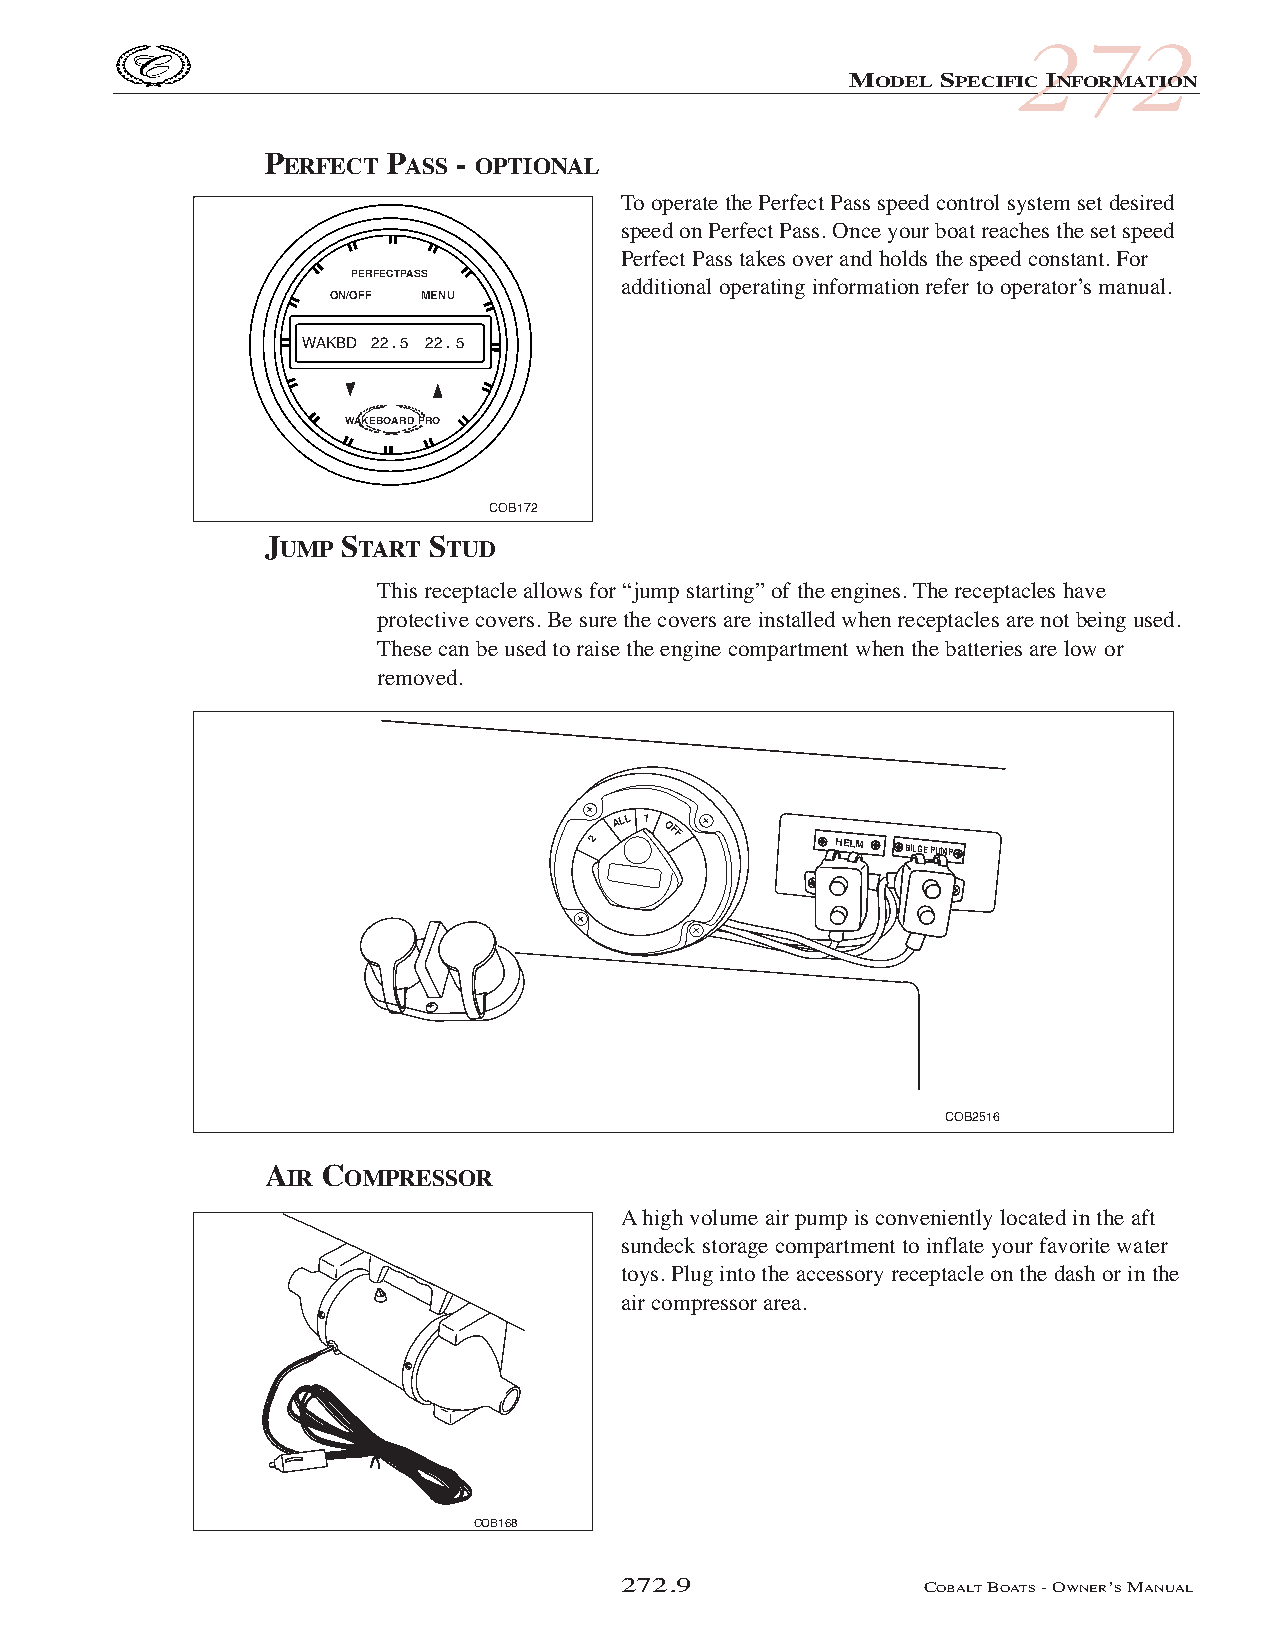
COB_05 Sect 272.qxd 3/18/05 9:29 AM Page 272.9
 272
 MODEL SPECIFIC INFORMATION
 PERFECT PASS - OPTIONAL
 To operate the Perfect Pass speed control system set desired
 speed on Perfect Pass. Once your boat reaches the set speed
 Perfect Pass takes over and holds the speed constant. For
 PERFECTPASS
 additional operating information refer to operator’s manual.
 ON/OFF MENU
 WAKBD 22 . 5 22 . 5
 WAKEBOARD PRO
 COB172
 JUMP START STUD
 This receptacle allows for “jump starting” of the engines. The receptacles have
 protective covers. Be sure the covers are installed when receptacles are not being used.
 These can be used to raise the engine compartment when the batteries are low or
 removed.
 2
 ALL 1
 OFF
 HELM BILGE PUMP
 COB2516
 AIR COMPRESSOR
 Ahigh volume air pump is conveniently located in the aft
 sundeck storage compartment to inflate your favorite water
 toys. Plug into the accessory receptacle on the dash or in the
 air compressor area.
 COB168
 272.9               COBALTBOATS- OWNER’SMANUAL